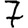
Digit: 7